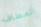
المطاف